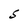
Character: S